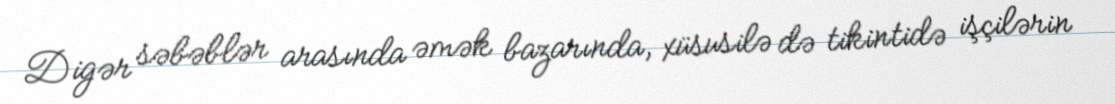
Digər səbəblər arasında əmək bazarında, xüsusilə də tikintidə işçilərin